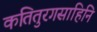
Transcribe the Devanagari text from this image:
कतितुरगसाहिनि